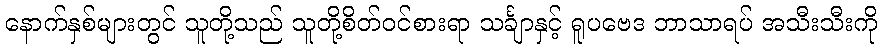
နောက်နှစ်များတွင် သူတို့သည် သူတို့စိတ်ဝင်စားရာ သင်္ချာနှင့် ရူပဗေဒ ဘာသာရပ် အသီးသီးကို